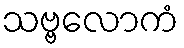
သဗ္ဗလောကံ